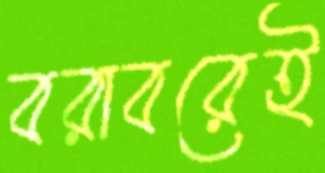
বরাবরেই